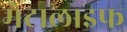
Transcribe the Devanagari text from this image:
मेटालाइफ